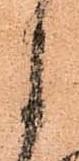
よ